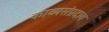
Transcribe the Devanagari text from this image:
काव्यसंप्रदाय